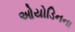
ઓયોડિનના